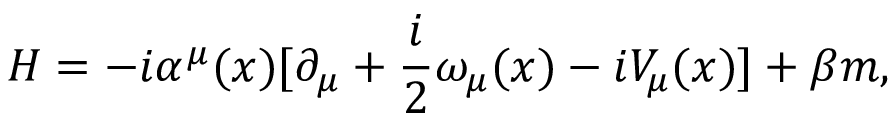
H = - i \alpha ^ { \mu } ( x ) [ \partial _ { \mu } + \frac { i } { 2 } \omega _ { \mu } ( x ) - i V _ { \mu } ( x ) ] + \beta m ,